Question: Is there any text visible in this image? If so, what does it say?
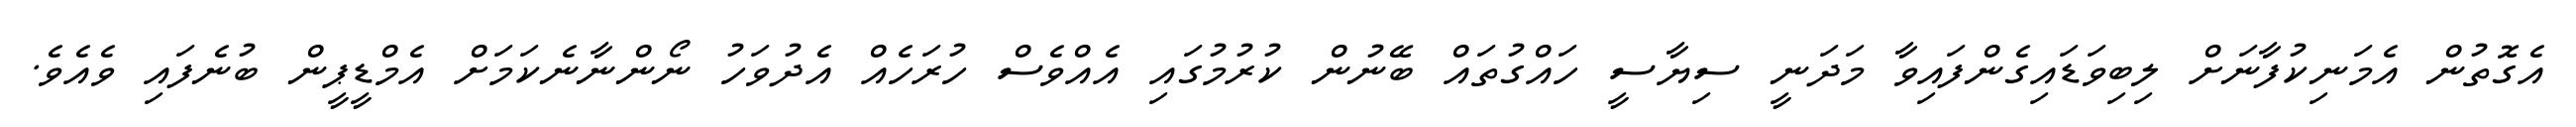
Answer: އެގޮތުން އެމަނިކުފާނަށް ލިބިވަޑައިގެންފައިވާ މަދަނީ ސިޔާސީ ހައްގުތައް ބޭނުން ކުރުމުގައި އެއްވެސް ހުރަހެއް އެދުވަހު ނޯންނާނެކަމަށް އެމްޑީޕީން ބުނެފައި ވެއެވެ.